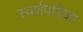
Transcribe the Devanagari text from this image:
स्वर्णपत्रिका